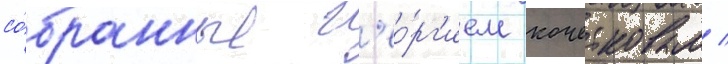
со́бранные г'ео́рг'ием кочетковым /